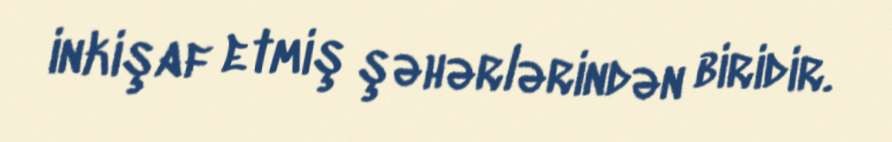
inkişaf etmiş şəhərlərindən biridir.